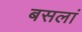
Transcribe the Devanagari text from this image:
बसलां